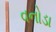
વનોડા